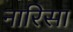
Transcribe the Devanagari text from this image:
नारिसा